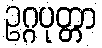
ဥဂ္ဂပုတ္တာ